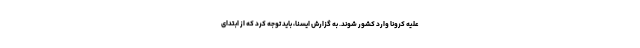
علیه کرونا وارد کشور شوند. به گزارش ایسنا، باید توجه کرد که از ابتدای